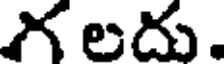
గ లదు.